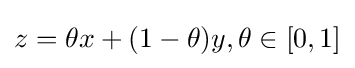
z=\theta x+(1-\theta )y,\theta \in [0,1]